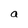
Character: a